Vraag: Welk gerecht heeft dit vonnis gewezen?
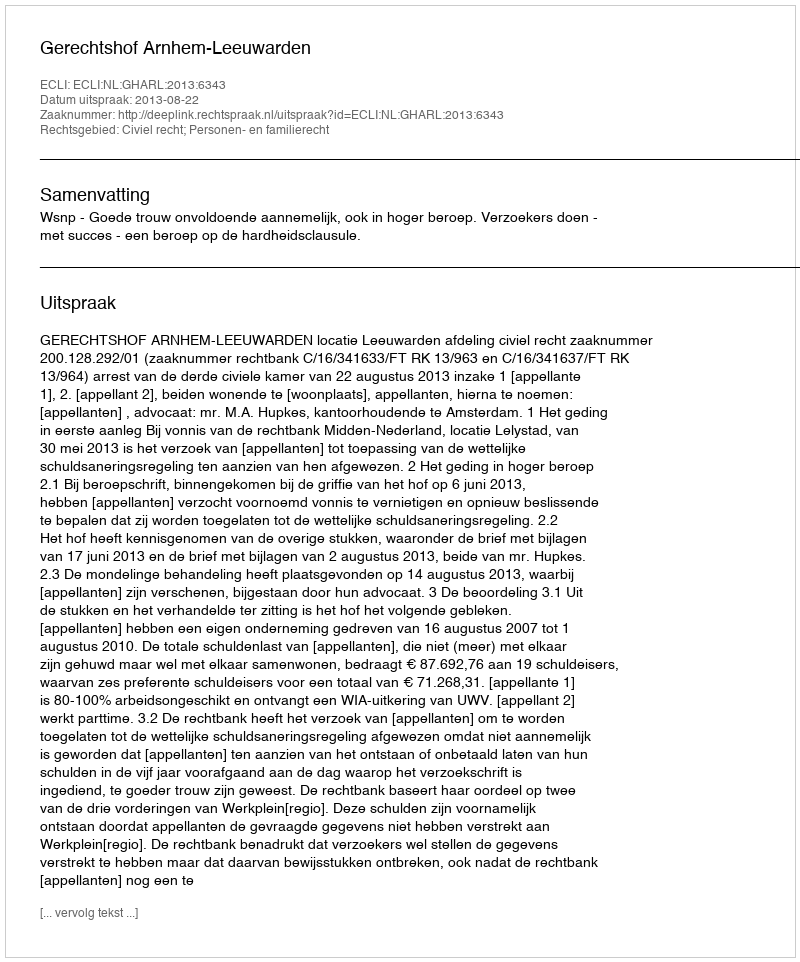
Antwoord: Gerechtshof Arnhem-Leeuwarden